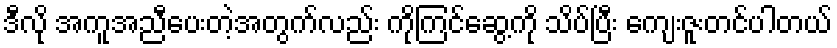
ဒီလို အကူအညီပေးတဲ့အတွက်လည်း ကိုကြင်ဆွေ့ကို သိပ်ပြီး ကျေးဇူးတင်ပါတယ်